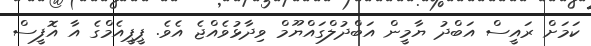
ކަމަށް ރައީސް އަބްދު ޔާމީން އަބްދުލްގައްޔޫމް ވިދާޅުވެއްޖެ އެވެ. ޕީޕީއެމްގެ އާ އޮފީސް